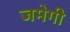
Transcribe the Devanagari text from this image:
जमेगी